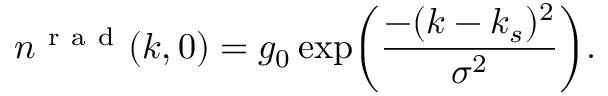
n ^ { \mathrm { ~ r ~ a ~ d ~ } } ( k , 0 ) = g _ { 0 } \exp \biggl ( \frac { - ( k - k _ { s } ) ^ { 2 } } { \sigma ^ { 2 } } \biggr ) .